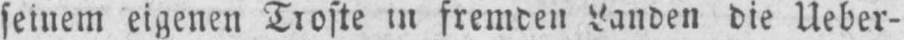
seinem eigenen Troste in fremden Landen die Ueber-